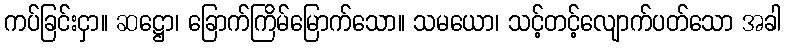
ကပ်ခြင်းငှာ။ ဆဋ္ဌော၊ ခြောက်ကြိမ်မြောက်သော။ သမယော၊ သင့်တင့်လျောက်ပတ်သော အခါ